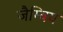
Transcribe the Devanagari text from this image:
जैम्बिय